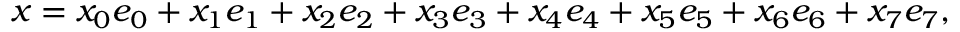
x = x _ { 0 } e _ { 0 } + x _ { 1 } e _ { 1 } + x _ { 2 } e _ { 2 } + x _ { 3 } e _ { 3 } + x _ { 4 } e _ { 4 } + x _ { 5 } e _ { 5 } + x _ { 6 } e _ { 6 } + x _ { 7 } e _ { 7 } ,